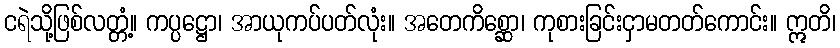
ငရဲသို့ဖြစ်လတ္တံ့။ ကပ္ပဋ္ဌော၊ အာယုကပ်ပတ်လုံး။ အတေကိစ္ဆော၊ ကုစားခြင်းငှာမတတ်ကောင်း။ ဣတိ၊